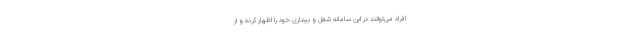
افراد می‌توانند در این سامانه شغل و بیماری خود را اظهار کرده و از